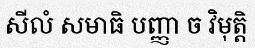
សីលំ សមាធិ បញ្ញា ច វិមុត្តិ